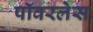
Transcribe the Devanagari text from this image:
पॉवरलेस